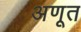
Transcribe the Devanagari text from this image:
अणूत